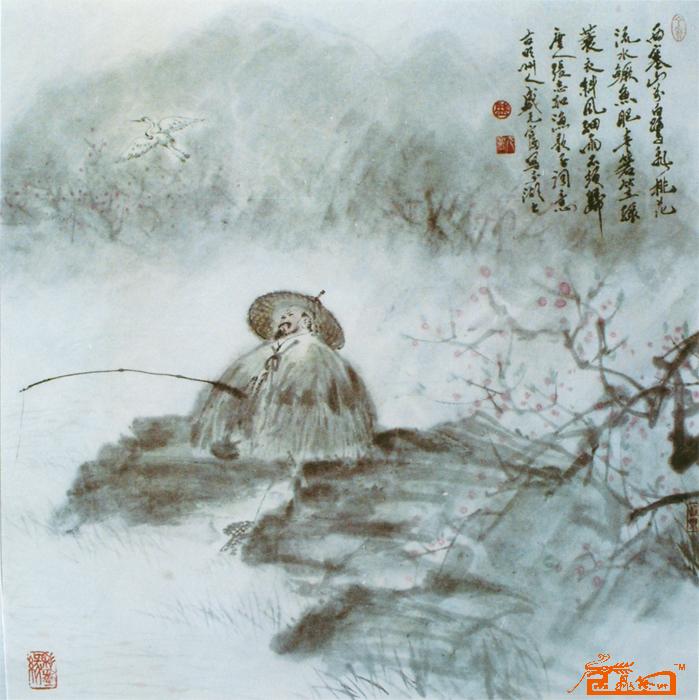
斜风细雨不须归。